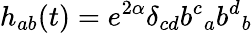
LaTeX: h_{ab}(t)=e^{2\alpha}\delta_{cd}{b^{c}}_{a}{b^{d}}_{b}